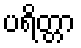
ပရိတ္တာ